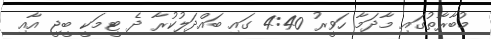
މުބާރާތުގައި މާދަމާ ހަވީރު 4:40 ގައި ބައްދަލުކުރާ ދެ ޓީމަކީ ބީޖީ އާއި